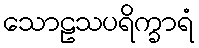
သောဠသပရိက္ခာရံ